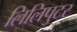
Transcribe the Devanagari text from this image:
लिलिपुटर